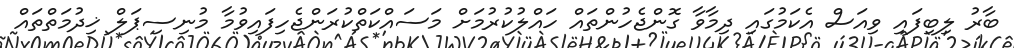
ބާރު ލިބިފައި ވިއަސް އެކަމުގައި ދިމާވާ ގޮންޖެހުންތައް ހައްލުކުރުމަށް މަސައްކަތްކުރަންޖެހިފައިވުމާ މުނިސިޕަލް ޚިދުމަތްތައް